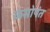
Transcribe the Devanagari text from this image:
केसोपंत